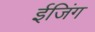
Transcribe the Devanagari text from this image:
ईजिंग